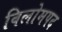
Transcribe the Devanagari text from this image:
विलोमपद